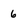
Character: 6